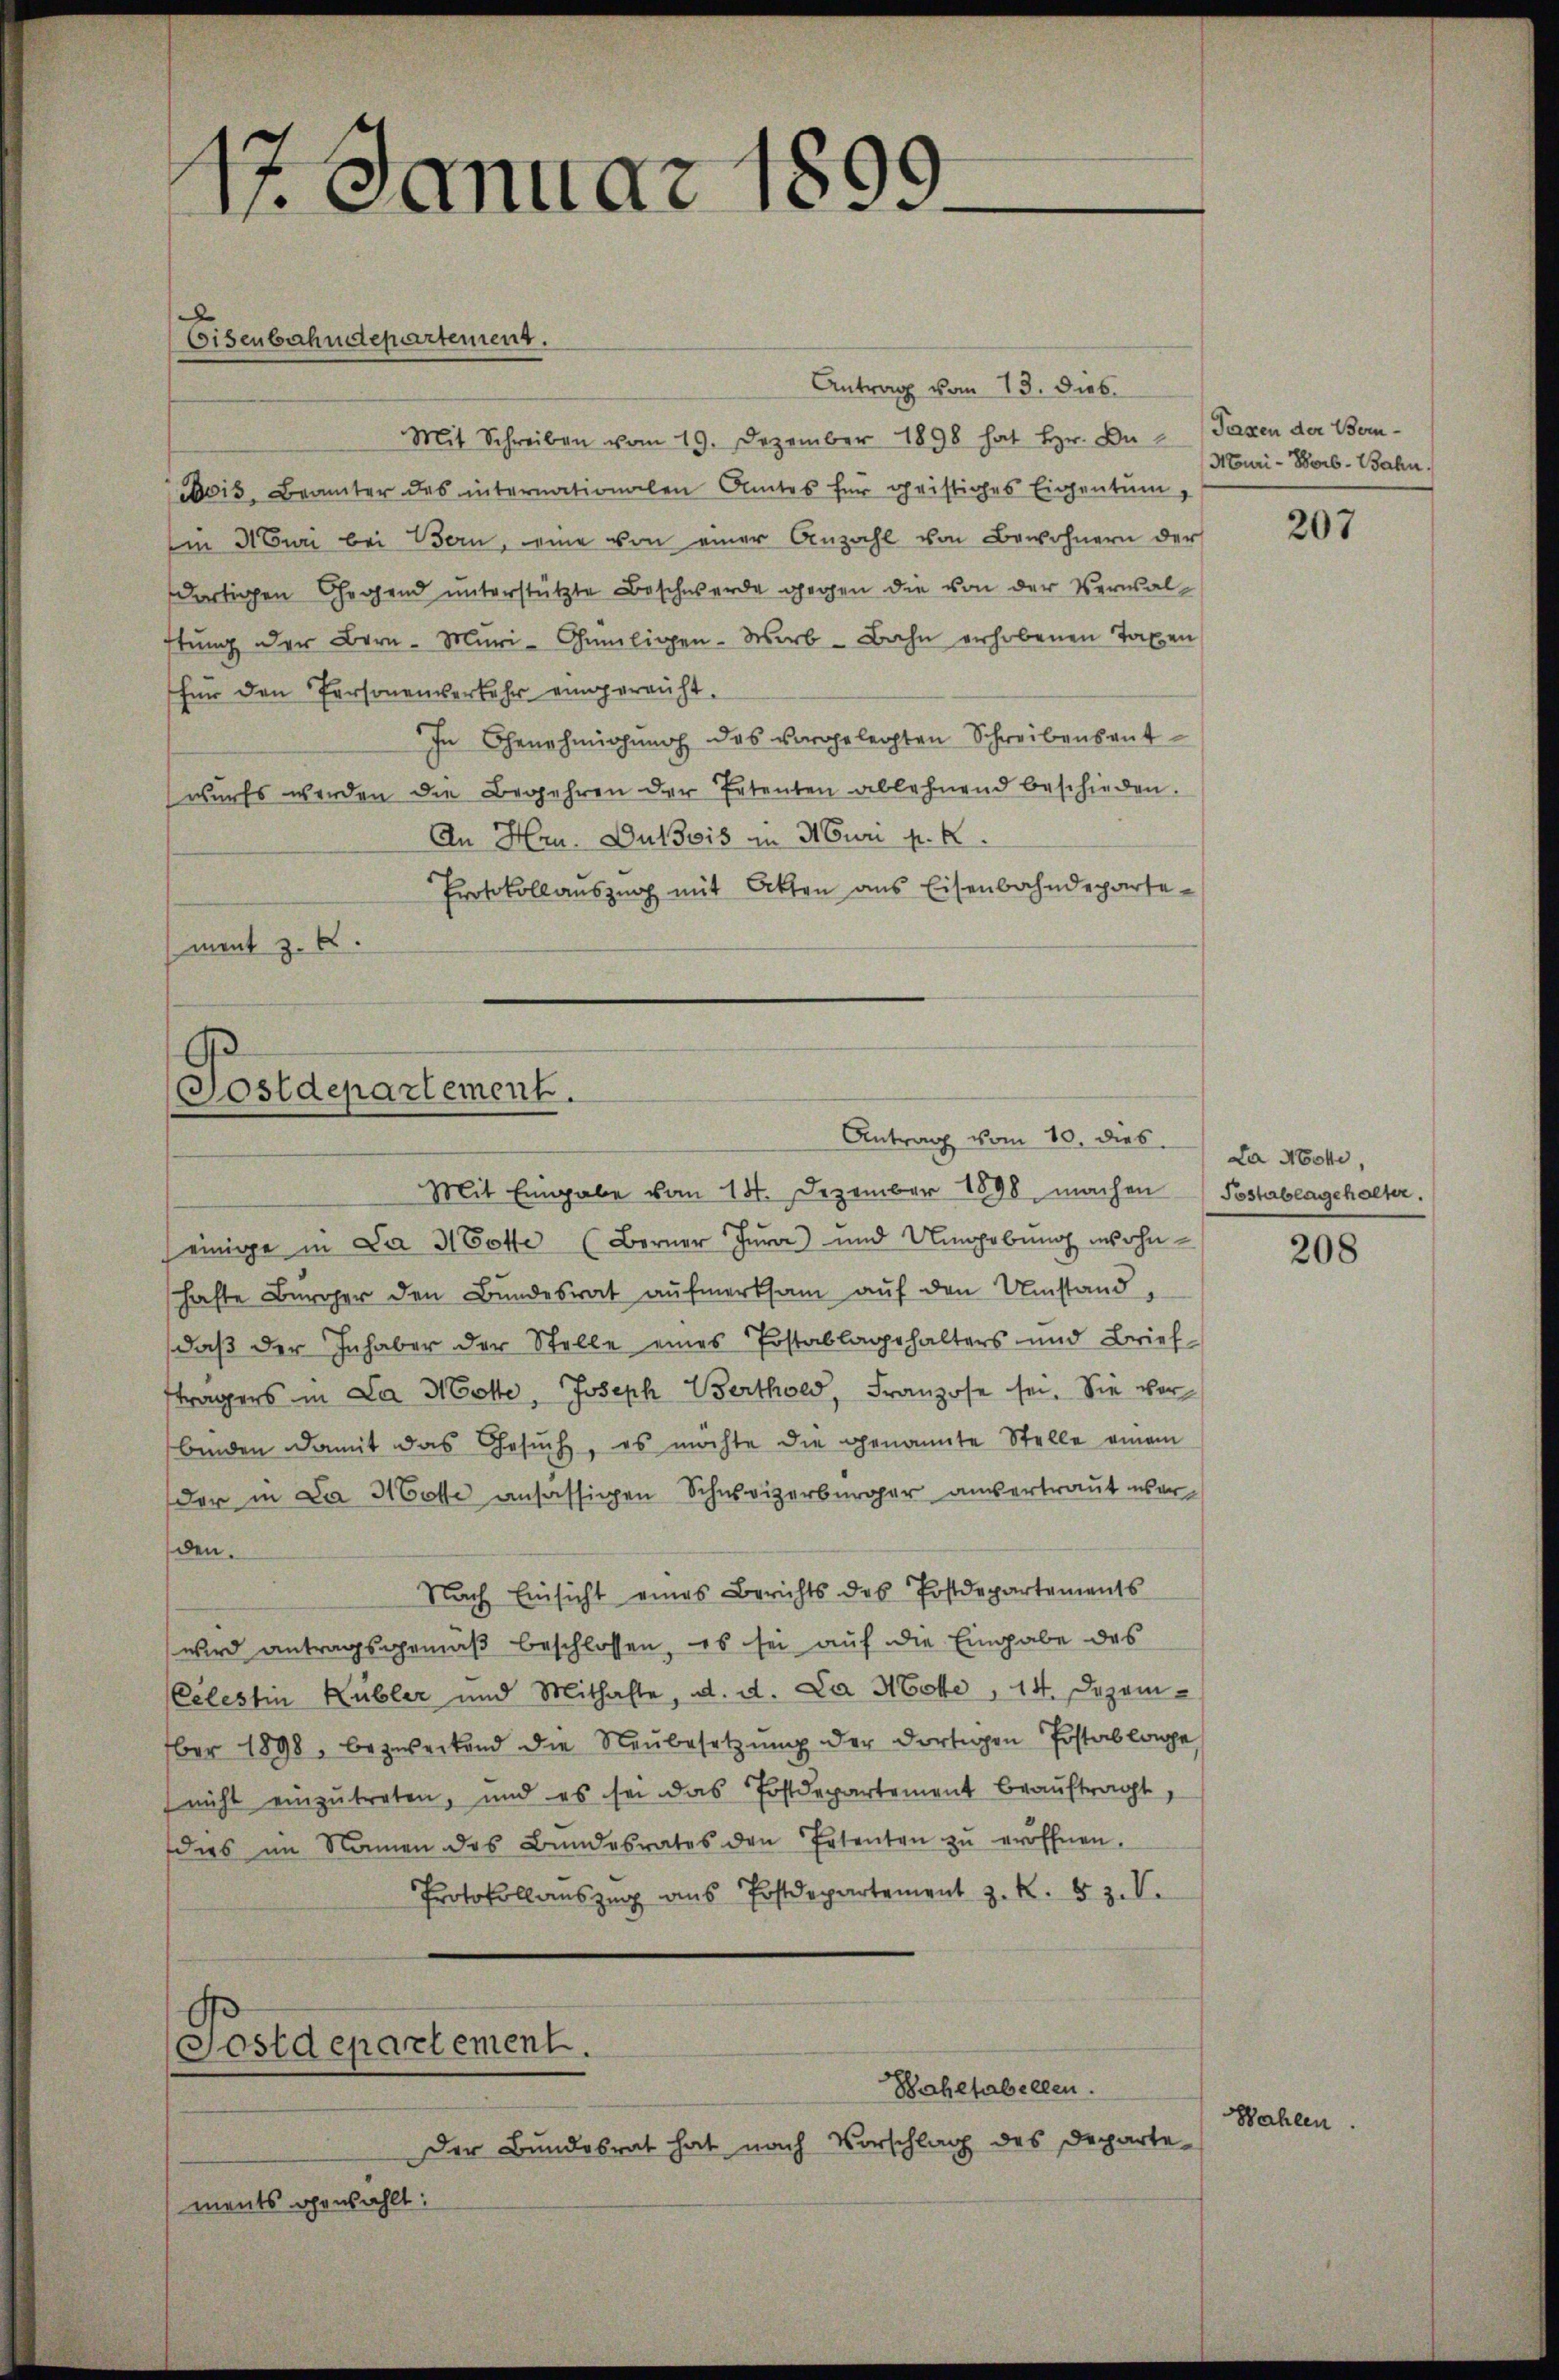
Antrag vom 13. Dieb
Mit Schreiben vom 19. Dezember 1898 hat Hr. Du - Taxen der Bornois, Beamter des internationalen Amtes für geistiges Eigentum,
Ein Muri bei Bern, eine von einer Anzahl von Bewohnern der
dortigen Gegend unterstützte Beschwerde gegen die von der Versal-
ftung der Bern- Mŭri-Gümligen. Wirb-Bahn erhobenen Taxen
für den Personenverkehr eingereicht.
In Genehmigung des vorgelegten Schreibensant
wurfs werden die Begehren der Petenten ablehnend beschieden.
An Hrn. Dubois in Nur k. k.
Protokollauszug mit Akten ans Eisenbahndepartement z. B.

1. Januar 1899.

Eisenbahndepartement.

G.
Sostdepartement.
Antrag vom 10. dies

Mit Eingabe vom 18. Dezember 1898 machen (Postabengehalter.
einige in Da 3 Dotte (Berner Jura) und Umgebung wohnhafte Bürger den Bundesrat aufmerksam auf den Umstand,
daß der Inhaber der Stelle eines Postablagehalters und Brief
strägers in Da Hotte, Joseph Berthold, Franzose sei. Sie vor
binden damit das Gesŭch, es möchte die genannte Stelle einem
der in Da Hotte ansässigen Schweizerbürger aussertraut war,
den.
Nach Einsicht eines Berichts des Postdepartements
wird antragsgemäß beschlossen, es sei auf die Eingabe des
Celestin Kübler und Mithafte, d. d. Da Hotte, 14. Dezember 1898, bezweckend die Neŭbesetzŭng der dortigen Postablage
nicht einzutreten, und es sei das Postdepartement beauftragt,
des im Namen des Bundesrates den Petenten zŭ eröffnen.
Protokollauszug aus Postdepartement z. K. Z. V.

Postdepartement.

Der Bundesrat hat nach Vorschlag des Departe

Bahetabellen.

ments gewählt:

NEuri-Borb. Bahn.

La Note,

Wahlen

207

208